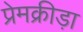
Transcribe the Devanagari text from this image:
प्रेमक्रीड़ा